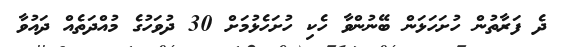
ދެ ފަރާތުން ހުށަހަޅަން ބޭނުންވާ ހެކި ހުށަހެޅުމަށް 30 ދުވަހުގެ މުއްދަތެއް ދައުވާ